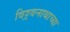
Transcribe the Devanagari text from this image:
विश्र्वनाथाच्या